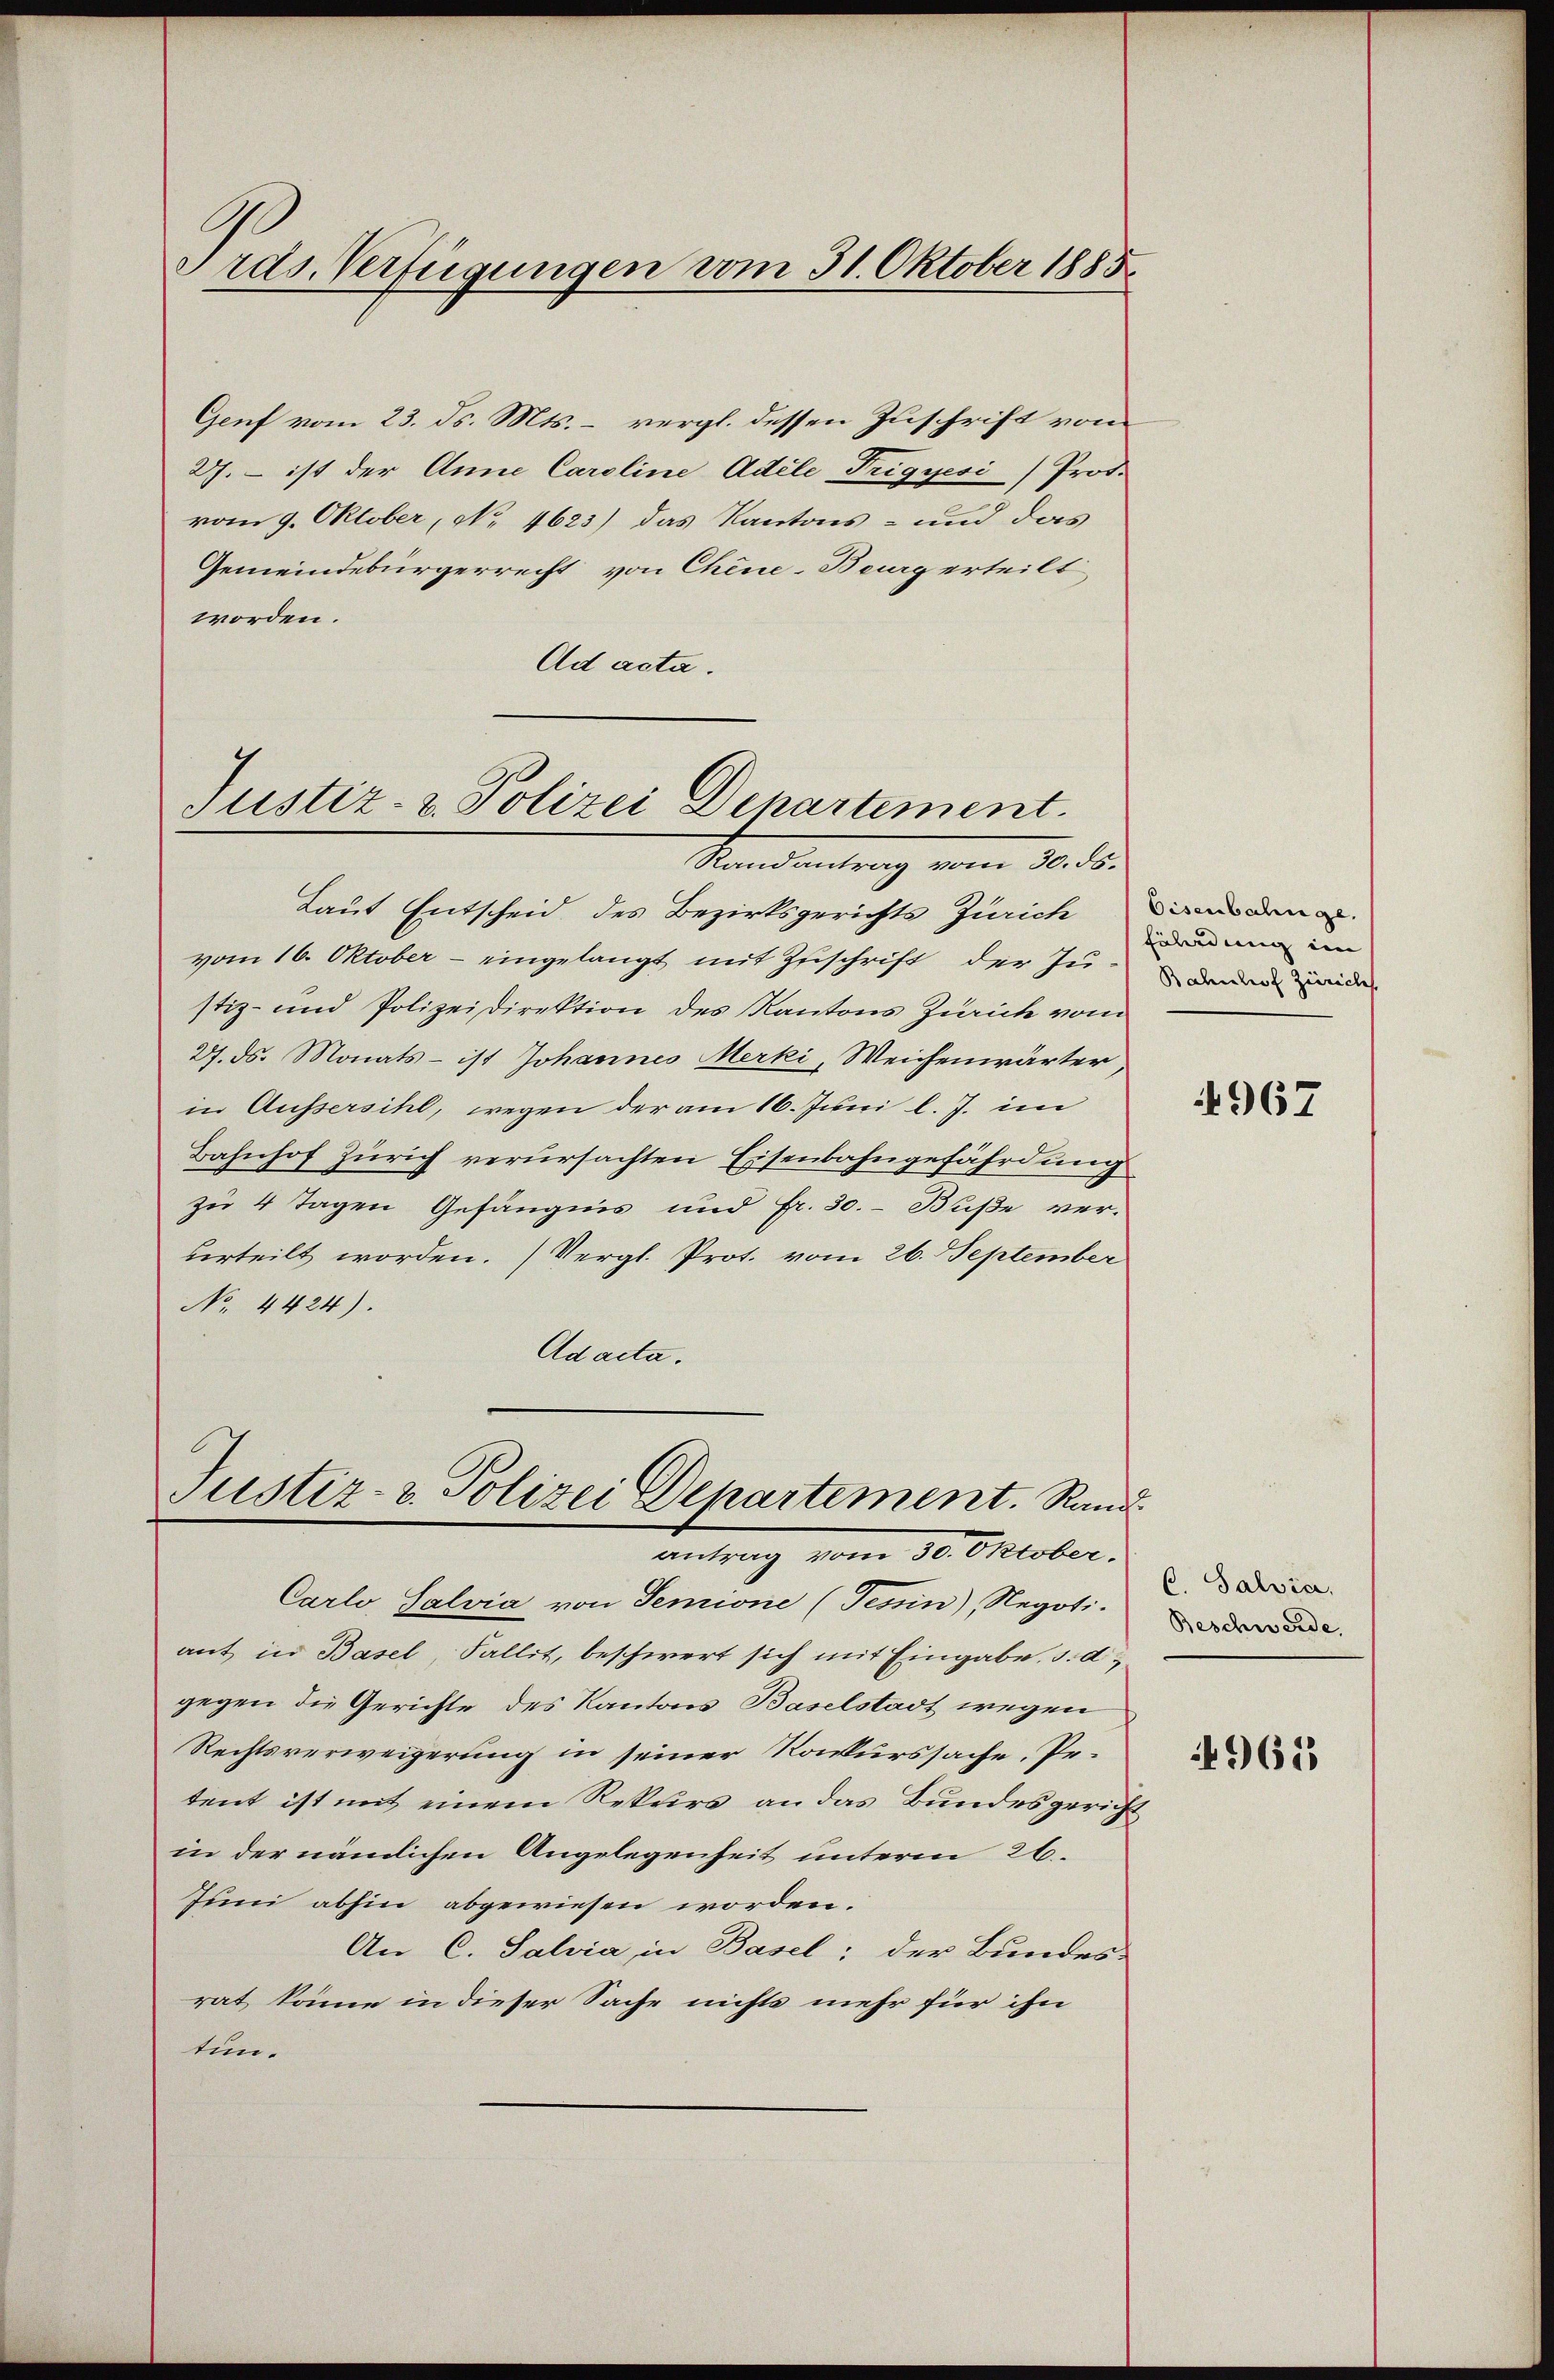
Irds. Verfügungen vom 31. Oktober 1885.

Genf vom 23. ds. Mts. – vergl. dessen Zuschrift vom
27. – ist der Anna Caroline Adele Trigyesi/Prof.
vom 9. Oktober, No. 4623) das Kantons- und das
Gemeindebürgerrecht von Chine-Burg erteilt
worden.
Ad acta.

Justiz- u. Polizei Departement.
Randantrag vom 30. ds.

Laut Entscheid des Bezirksgerichts Zürich
vom 16. Oktober - eingelangt mit Zuschrift der Justiz- und Polizeidirektion des Kantons Zürich vom
27. ds. Monats - ist Johannes Merki, Weichenwärter,
in Aussersihl, wegen der am 16. Juni l. J. im
Bahnhof Zürich verursachten Eisenbahngefährdung
zu 4 Tagen Gefängnis und Fr. 30.- Buße ver-
verteilt worden. (Vergl. Prot. vom 26. September
No. 4424).
Adacta.

Justiz- & Polizei Departement. Rand

antrag vom 30. Oktober.
Carlo, Salvia von Semione (Tessin), Negoti-
ant in Basel, Fallit, beschwert sich mit Eingabe, d. d.
gegen die Gerichte des Kantons Baselstadt wegen
Rechtsverweigerung in seiner Konkurssache. Petent ist mit einem Rekurs an das Bundesgericht
in der nämlichen Angelegenheit unterm 26.
Juni abhin abgewiesen worden.
An C. Salvia, in Basel; der Bundes-
rat könne in dieser Sache nichts mehr für ihn
tun.

Eisenbahnge.
fölendung im |
Bahnhof Zürich

967

C. Salvia.
Beschwerde,

962